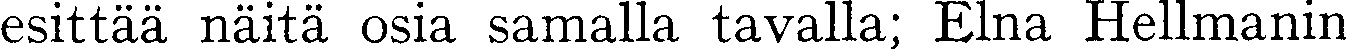
esittää näitä osia samalla tavalla; Elna Hellmanin